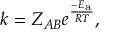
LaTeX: k = Z _ { A B } e ^ { \frac { - E _ { \mathrm { { a } } } } { R T } } ,